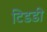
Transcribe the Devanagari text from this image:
टिडडी